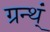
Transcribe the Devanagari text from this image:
ग्रन्थ्ं